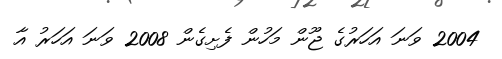
2004 ވަނަ އަހަރުގެ ޖޫން މަހުން ފެށިގެން 2008 ވަނަ އަހަރު އާ